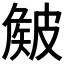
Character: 𥀄